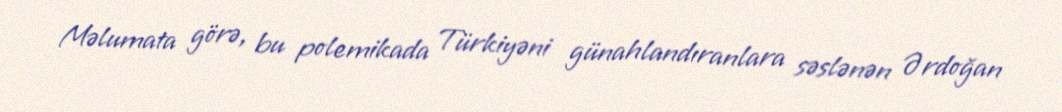
Məlumata görə, bu polemikada Türkiyəni günahlandıranlara səslənən Ərdoğan